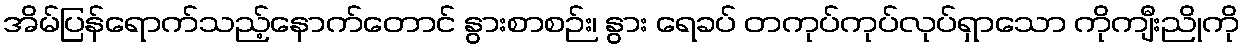
အိမ်ပြန်ရောက်သည့်နောက်တောင် နွားစာစဉ်း၊ နွား ရေခပ် တကုပ်ကုပ်လုပ်ရှာသော ကိုကျီးညိုကို